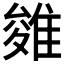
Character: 𨿓